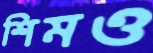
শিমও